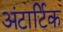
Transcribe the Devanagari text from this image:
अंटार्टिक